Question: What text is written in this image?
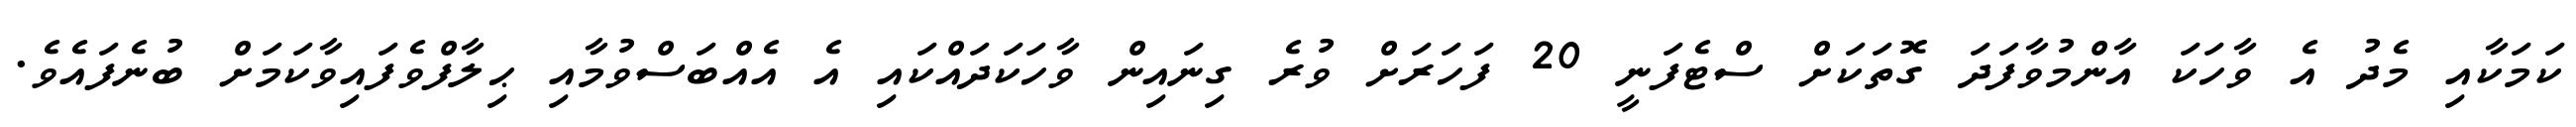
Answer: ކަމަކާއި މެދު އެ ވާހަކަ އާންމުވާފަދަ ގޮތަކަށް ސްޓެފަނީ 20 ފަހަރަށް ވުރެ ގިނައިން ވާހަކަދައްކައި އެ އެއްބަސްވުމާއި ޙިލާފްވެފައިވާކަމަށް ބުނެފައެވެ.